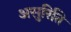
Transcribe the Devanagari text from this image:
असुरिति